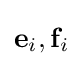
{\mathbf {e} }_{i},{\mathbf {f} }_{i}